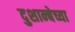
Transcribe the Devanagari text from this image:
दुशान्बेच्या